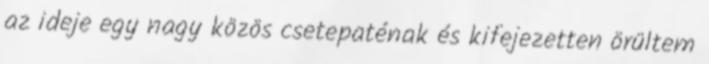
az ideje egy nagy közös csetepaténak és kifejezetten örültem